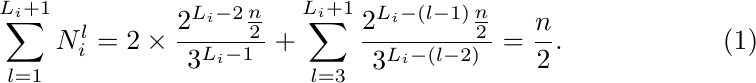
\begin{align}
\label{eqn:L_T}
    \sum\limits_{l=1}^{L_i+1}N^{l}_i = 2\times \frac{2^{L_i-2}\frac{n}{2}}{3^{L_i-1}} + \sum_{l=3}^{L_i+1}\frac{2^{L_i-(l-1)}\frac{n}{2}}{3^{L_i-(l-2)}} = \frac{n}{2}.
\end{align}